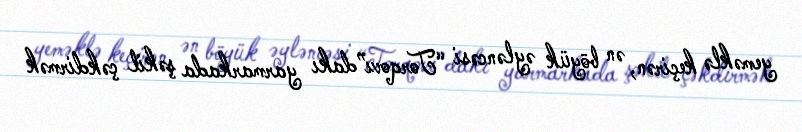
yeməklə keçirən, ən böyük əyləncəsi “Torqovı”dakı yarmarkada şəkil çəkdirmək